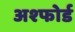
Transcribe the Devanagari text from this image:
अश्फोर्ड